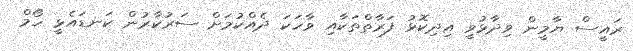
ރައީސް ޔާމީން ވިދާޅުވީ އިދިކޮޅު ފަރާތްތަކާއި ވާހަކަ ދެއްކުމަށް ސަރުކާރުން ކަނޑައެޅީ ހޯމް